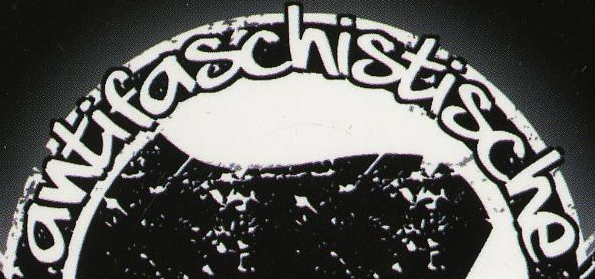
antifaschistische